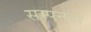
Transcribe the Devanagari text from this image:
सम्पनता